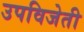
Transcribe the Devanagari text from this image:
उपविजेती